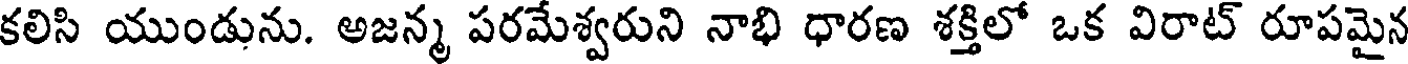
కలిసి యుండును. అజన్మ పరమేశ్వరుని నాభి ధారణ శక్తిలో ఒక విరాట్ రూపమైన